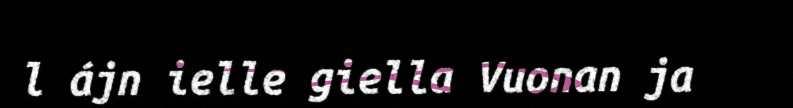
l ájn ielle giella Vuonan ja